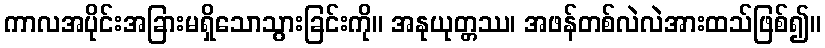
ကာလအပိုင်းအခြားမရှိသောသွားခြင်းကို။ အနုယုတ္တဿ၊ အဖန်တစ်လဲလဲအားထသ်ဖြစ်၍။